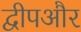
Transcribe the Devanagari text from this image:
द्वीपऔर